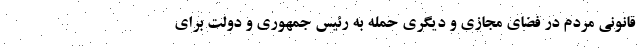
قانونی مردم در فضای مجازی و دیگری حمله به رئیس‌ جمهوری و دولت برای